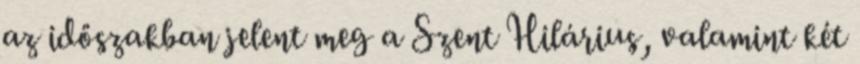
az időszakban jelent meg a Szent Hilárius, valamint két